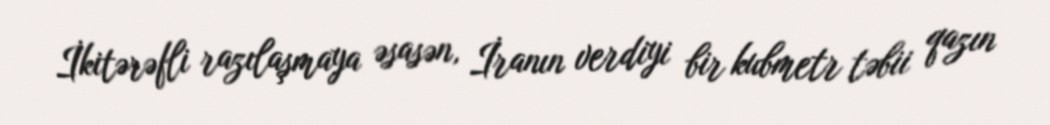
İkitərəfli razılaşmaya əsasən, İranın verdiyi bir kubmetr təbii qazın